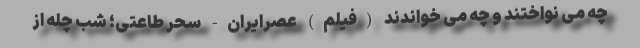
چه می نواختند و چه می خواندند (فیلم) عصرایران- سحر طاعتی؛ شب چله از